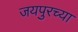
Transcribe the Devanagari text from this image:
जयपुरच्या